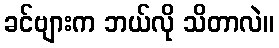
ခင်ဗျားက ဘယ်လို သိတာလဲ။